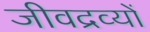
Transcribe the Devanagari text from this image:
जीवद्रव्यों